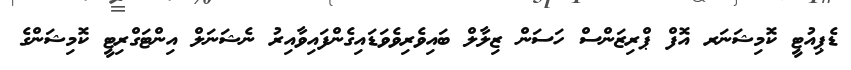
ޑެޕިއުޓީ ކޮމިޝަނަރ އޮފް ޕްރިޒަންސް ހަސަން ޒިލާލް ބައިވެރިވެވަޑައިގެންފައިވާއިރު ނެޝަނަލް އިންޓަގްރިޓީ ކޮމިޝަންގެ